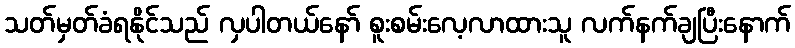
သတ်မှတ်ခံရနိုင်သည် လှပါတယ်နော် စူးစမ်းလေ့လာထားသူ လက်နက်ချပြီးနောက်